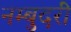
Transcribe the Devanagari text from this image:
नम्बुदरी